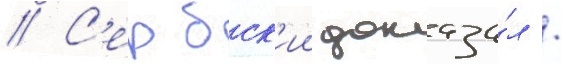
// С'ербск'ии доказа́л /